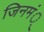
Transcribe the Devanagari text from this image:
जिनमं्